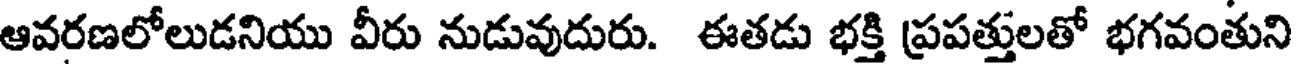
ఆవరణలోలుడనియు వీరు నుడువుదురు. ఈతడు భక్తి ప్రపత్తులతో భగవంతుని